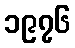
၁၉၇၆